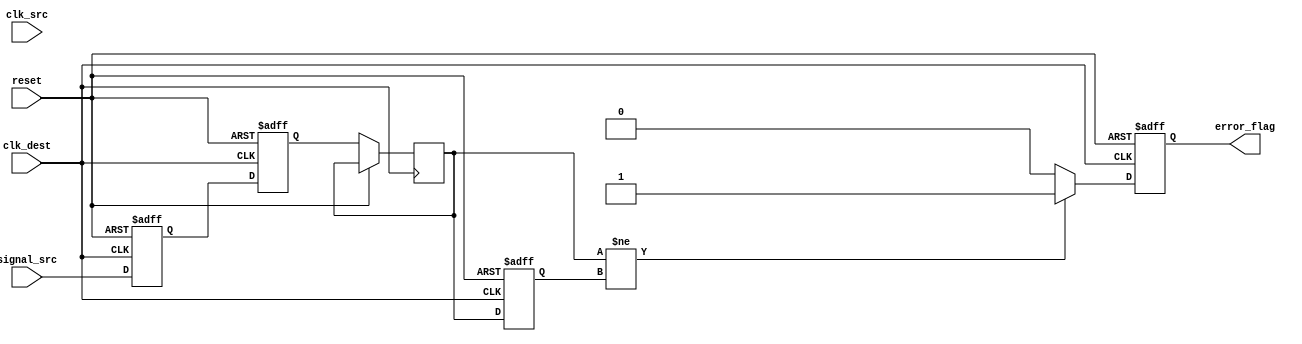
module cdc_detector (
    input wire clk_src,          // Source clock domain
    input wire clk_dest,         // Destination clock domain
    input wire reset,            // Asynchronous reset
    input wire signal_src,       // Signal from the source clock domain
    output reg error_flag        // Error flag indicating a transition
);

    // Synchronizer signals
    reg sync_ff1, sync_ff2;      // Two-stage flip-flops in the destination clock domain
    reg signal_dest_ff1, signal_dest_ff2; // Registers to hold destination clock signal states

    // Edge detection signals
    reg signal_prev;             // Previous state of the synchronized signal
    reg signal_current;          // Current state of the synchronized signal

    // Synchronizer process
    always @(posedge clk_dest or posedge reset) begin
        if (reset) begin
            sync_ff1 <= 1'b0;
            sync_ff2 <= 1'b0;
        end else begin
            sync_ff1 <= signal_src; // Sample the asynchronous signal on the destination clock
            sync_ff2 <= sync_ff1;   // Second stage of synchronization
        end
    end

    // Edge detection process
    always @(posedge clk_dest or posedge reset) begin
        if (reset) begin
            signal_prev <= 1'b0;
            error_flag <= 1'b0;
        end else begin
            // Store previous state and current state
            signal_current <= sync_ff2;
            error_flag <= 1'b0; // Reset error flag initially

            // Check for edge detection
            if (signal_current != signal_prev) begin
                error_flag <= 1'b1; // Transition detected
            end

            // Update previous state
            signal_prev <= signal_current;
        end
    end

endmodule